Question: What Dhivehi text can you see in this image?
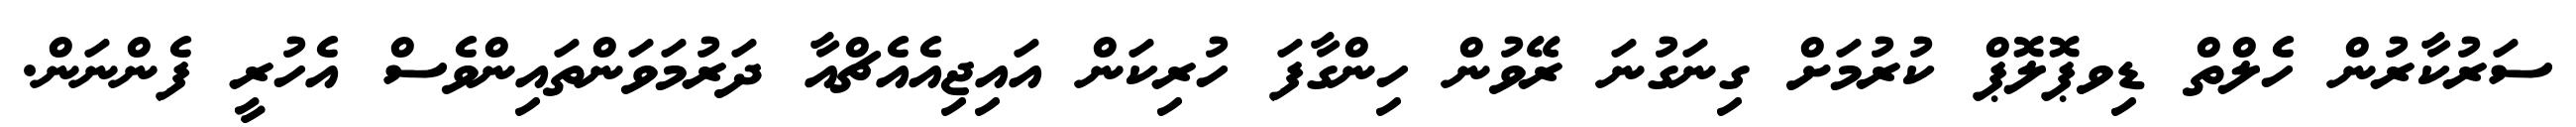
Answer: ސަރުކާރުން ހެލްތް ޑިވޕޮލޮޕް ކުރުމަށް ގިނަގުނަ ރޭވުން ހިންގާފަ ހުރިކަން އައިޖިއެއެޗްއާ ދަރުމަވަންތައިންވެސް އެހުރީ ފެންނަން.